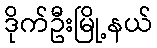
ဒိုက်ဦးမြို့နယ်